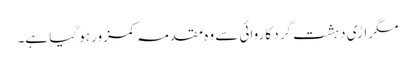
مگر اڑی دہشت گرد کاروائی سے وہ مقدمہ کمزور ہو گیا ہے۔